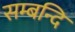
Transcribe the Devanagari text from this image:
सम्बन्दि